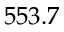
5 5 3 . 7